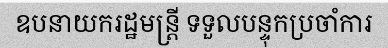
ឧបនាយករដ្ឋមន្ត្រី ទទួលបន្ទុកប្រចាំការ